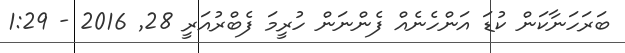
ބަރަހަނާކަން ކުޑަ އަންހެނެއް ފެންނަން ހުރީމަ ފެބްރުއަރީ 28